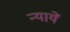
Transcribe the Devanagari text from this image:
न्यायें